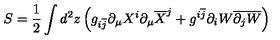
S = \frac { 1 } { 2 } \int d ^ { 2 } z \left( g _ { i \overline { { j } } } \partial _ { \mu } X ^ { i } \partial _ { \mu } \overline { { X } } ^ { j } + g ^ { i \overline { { j } } } \partial _ { i } W \overline { { \partial _ { j } W } } \right)